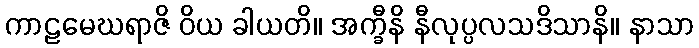
ကာဠမေဃရာဇိ ဝိယ ခါယတိ။ အက္ခီနိ နီလုပ္ပလသဒိသာနိ။ နာသာ